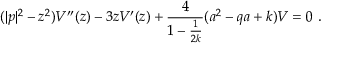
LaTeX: ( | p | ^ { 2 } - z ^ { 2 } ) V ^ { \prime \prime } ( z ) - 3 z V ^ { \prime } ( z ) + \frac { 4 } { 1 - \frac { 1 } { 2 k } } ( a ^ { 2 } - q a + k ) V = 0 ~ .